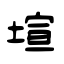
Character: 塇